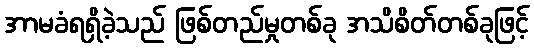
အာမခံရရှိခဲ့သည် ဖြစ်တည်မှုတစ်ခု အသိစိတ်တစ်ခုဖြင့်